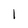
Character: 1